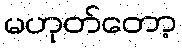
မဟုတ်တော့